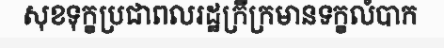
សុខទុក្ខប្រជាពលរដ្ឋក្រីក្រមានទក្ខលំបាក